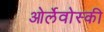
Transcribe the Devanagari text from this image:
ओर्लेवोस्की